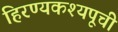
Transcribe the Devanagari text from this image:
हिरण्यकश्यपूची